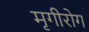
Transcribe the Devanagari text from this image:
मृगीरोग